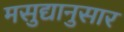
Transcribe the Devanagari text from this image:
मसुद्यानुसार